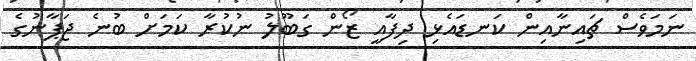
ނަމަވެސް ޗައިނާއިން ކަނޑައެޅި ދިފާއީ ޒޯން ގަބޫލު ނުކުރާ ކަމަށް ބުނެ ޖަޕާނުގެ